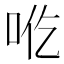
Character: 𰇒